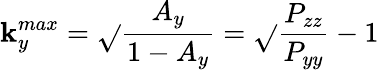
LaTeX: \mathbf{k}_{y}^{max}=\sqrt{}{{\frac{{A_{y}}}{{1-A_{y}}}}}=\sqrt{}{{\frac{{P_{zz}}}{{P_{yy}}}-1}}